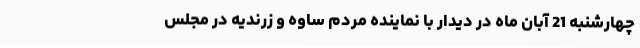
چهارشنبه 21 آبان ماه در دیدار با نماینده مردم ساوه و زرندیه در مجلس